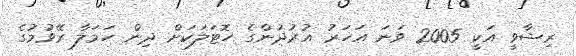
ރިޝާވީ އަކީ 2005 ވަނަ އަހަރު އުރުދުންގެ ހޮޓަލަކަށް ދިން ހަމަލާ ރޭވުމުގެ